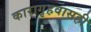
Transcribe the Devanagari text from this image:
कारागृहवासही